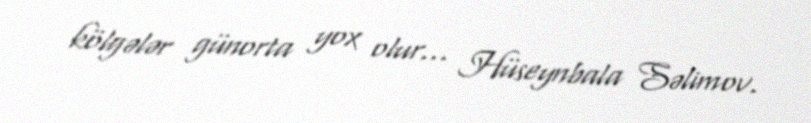
kölgələr günorta yox olur... Hüseynbala Səlimov.